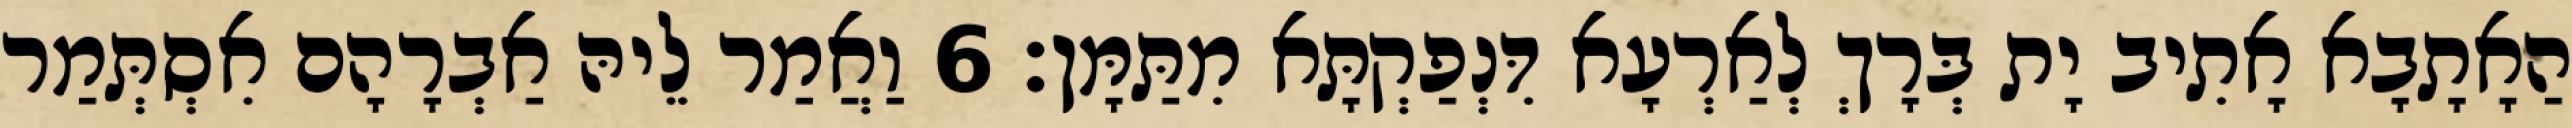
הַאָתָבָא אָתִיב יָת בְּרָךְ לְאַרְעָא דִּנְפַקְתָּא מִתַּמָּן׃ 6 וַאֲמַר לֵיהּ אַבְרָהָם אִסְתְּמַר